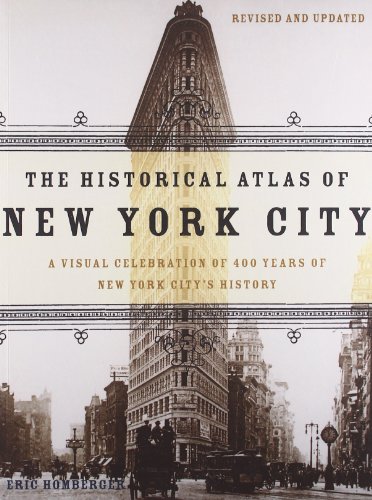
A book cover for The Historical Atlas of New York City: A Visual Celebration of 400 Years of New York City's History; Eric Homberger; Science & Math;